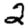
Digit: 2